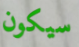
سيكون